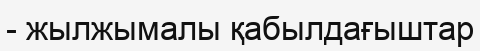
- жылжымалы қабылдағыштар